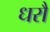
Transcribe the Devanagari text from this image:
धरौ